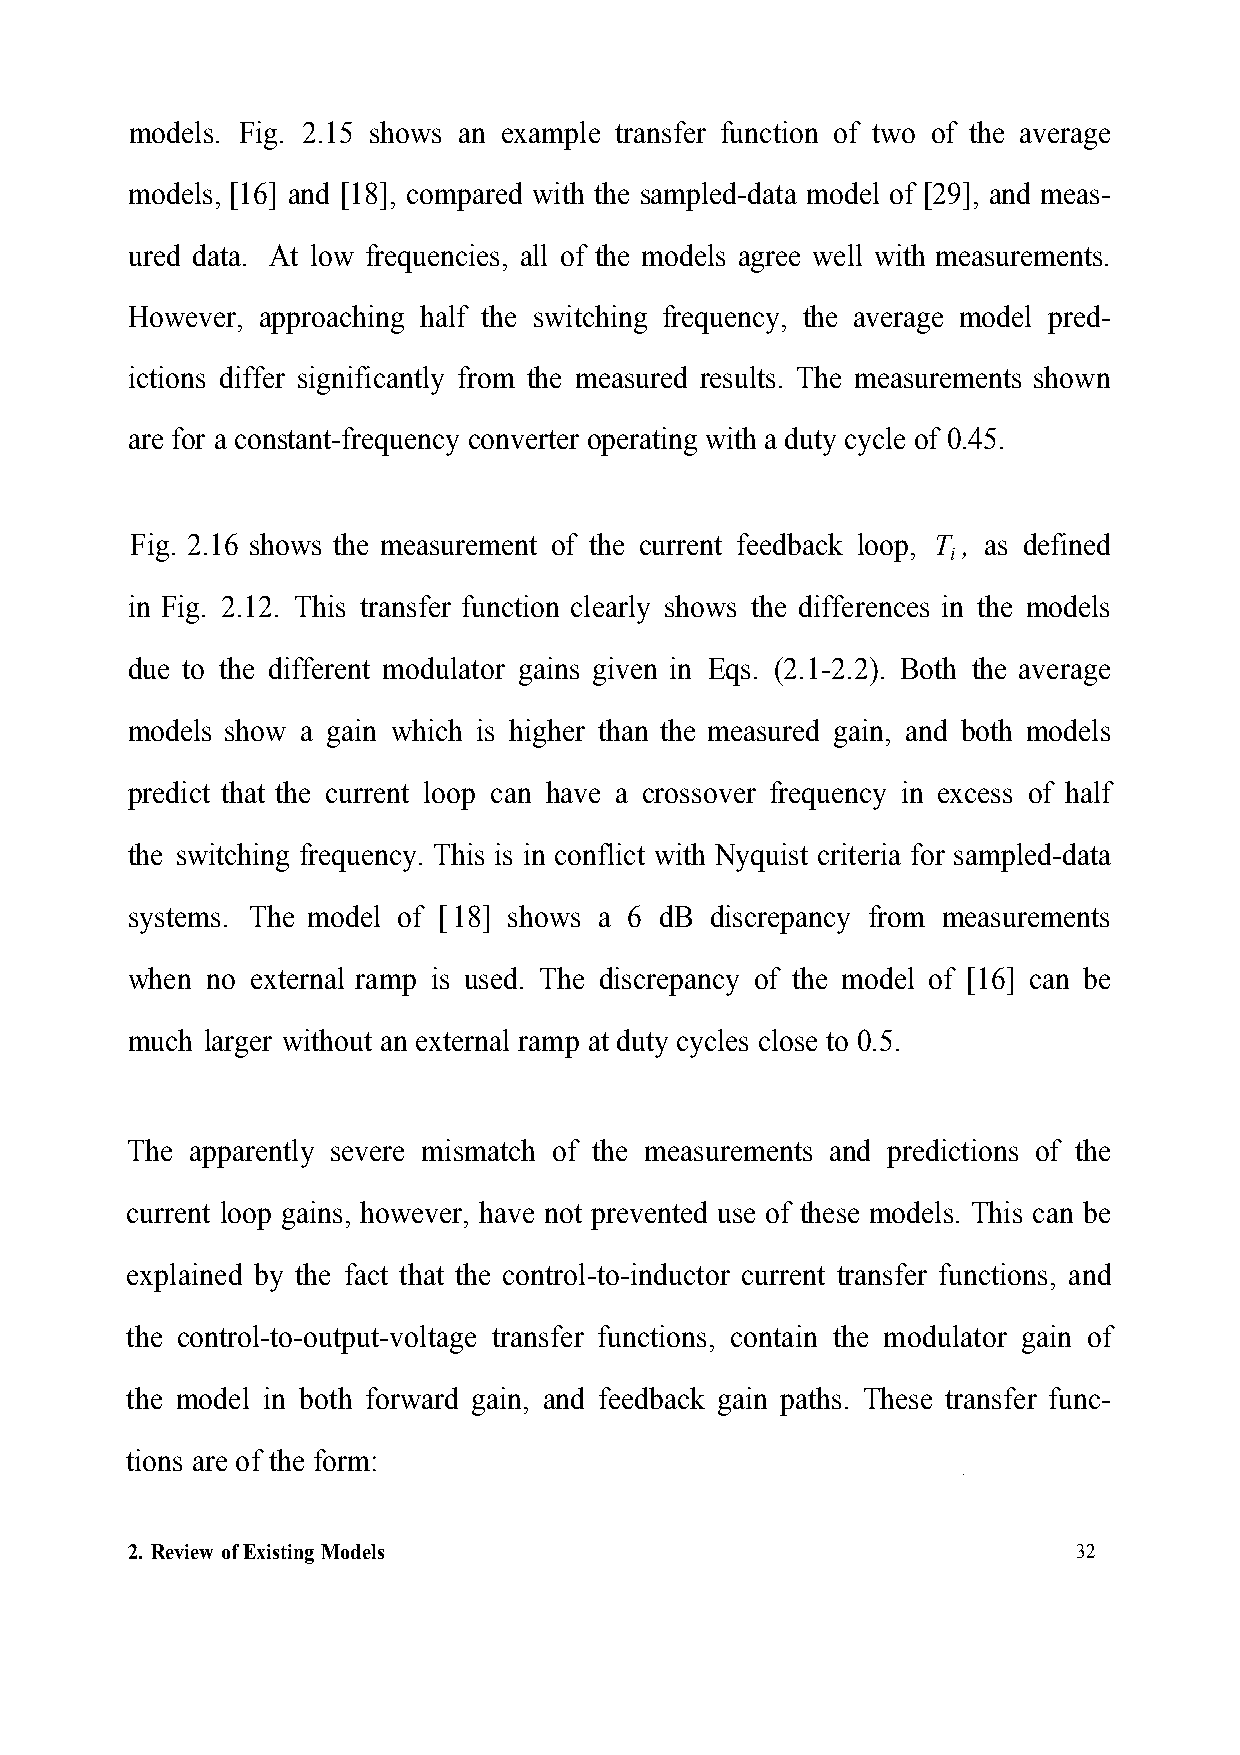
models. Fig. 2.15 shows an example transfer function of two of the average
 models, [16] and [18], compared with the sampled-data model of [29], and meas-
 ured data. At low frequencies, all of the models agree well with measurements.
 However, approaching half the switching frequency, the average model pred-
 ictions differ significantly from the measured results. The measurements shown
 are for a constant-frequency converter operating with a duty cycle of 0.45.
 Fig. 2.16 shows the measurement of the current feedback loop, T , as defined
 i
 in Fig. 2.12. This transfer function clearly shows the differences in the models
 due to the different modulator gains given in Eqs. (2.1-2.2). Both the average
 models show a gain which is higher than the measured gain, and both models
 predict that the current loop can have a crossover frequency in excess of half
 the switching frequency. This is in conflict with Nyquist criteria for sampled-data
 systems. The model of [ 18] shows a 6 dB discrepancy from measurements
 when no external ramp is used. The discrepancy of the model of [16] can be
 much larger without an external ramp at duty cycles close to 0.5.
 The apparently severe mismatch of the measurements and predictions of the
 current loop gains, however, have not prevented use of these models. This can be
 explained by the fact that the control-to-inductor current transfer functions, and
 the control-to-output-voltage transfer functions, contain the modulator gain of
 the model in both forward gain, and feedback gain paths. These transfer func-
 tions are of the form:
 2. Review of Existing Models                                  32